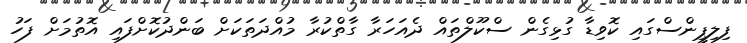
ފިލިޕީންސްގައި ކޮވިޑާ ގުޅިގެން ސްކޫލްތައް ދެއަހަރާ ގާތްކުރާ މުއްދަތަކަށް ބަންދުކޮށްފައި އޮތުމަށް ފަހު